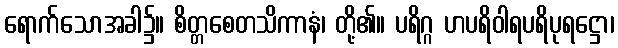
ရောက်သောအခါ၌။ စိတ္တစေတသိကာနံ၊ တို့၏။ ပရိဂ္ဂ ဟပရိဝါရပရိပုရဋ္ဌော၊